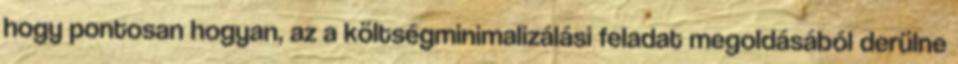
hogy pontosan hogyan, az a költségminimalizálási feladat megoldásából derülne